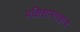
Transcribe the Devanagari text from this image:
पक्षिशास्त्रज्ञांचे